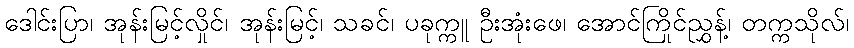
ဒေါင်းပြာ၊ အုန်းမြင့်လှိုင်၊ အုန်းမြင့်၊ သခင်၊ ပခုက္ကူ ဦးအုံးဖေ၊ အောင်ကြိုင်ညွှန့်၊ တက္ကသိုလ်၊